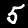
Digit: 5